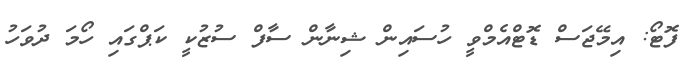
ފޮޓޯ: އިމޭޖަސް ޑޮޓްއެމްވީ ހުސައިން ޝިނާން ސާފް ސުޒުކީ ކަޕްގައި ހޯމަ ދުވަހު